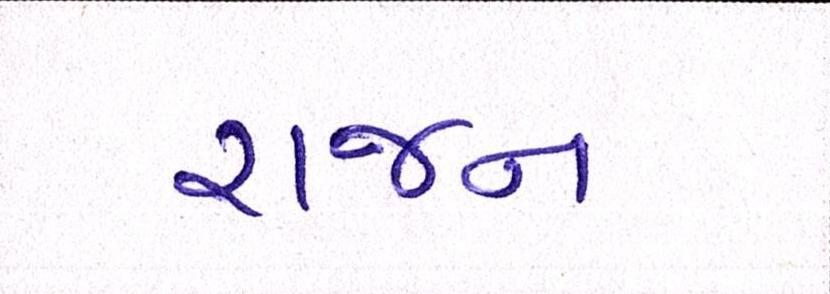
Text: રાજન